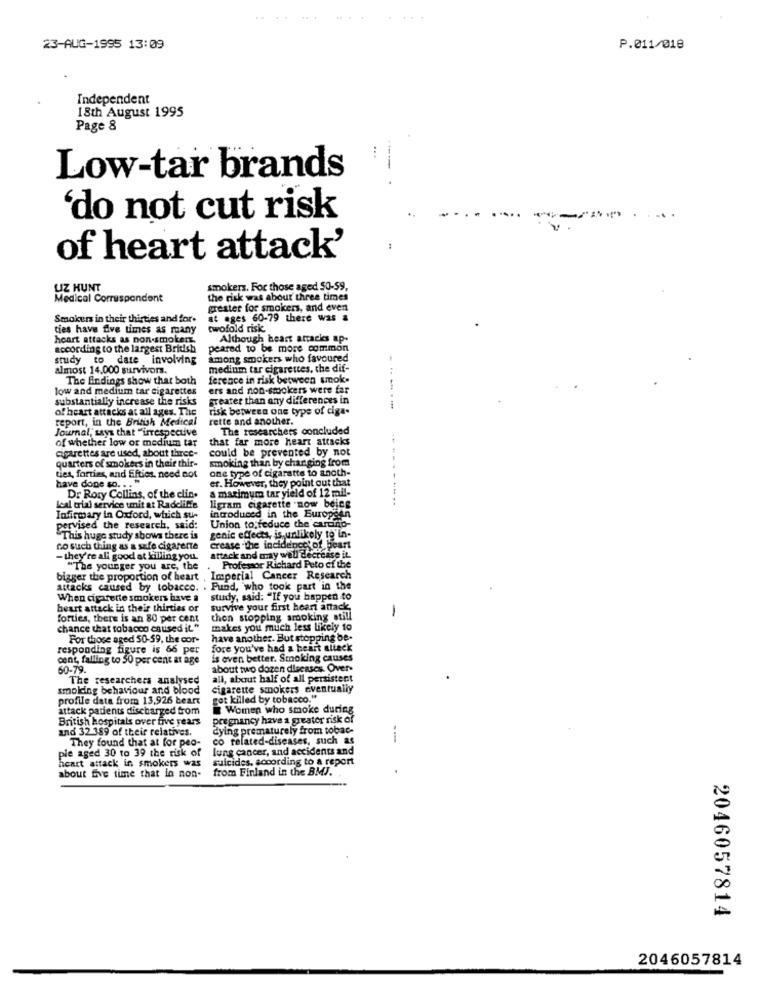
..
23-AUG-1995 13:09
P.011/018
Independent
18th August 1995
Page 8
...
Low-tar brands
‘do not cut risk
of heart attack'
UZ HUNT
smokers. For those aged 50-59,
Medical Correspondent
the risk was about three times
greater for smokers, and even
Smokers in their thirties and for-
at ages 60-79 there was a
ties have five times as many
twofold risk
heart attacks as non-smokers.
Although heart attacks ap-
according to the largest British
peared to be more common
study to date involving
among smokers who favoured
almost 14.000 survivors.
medium tar cigarettes, the dif-
The Endings show that both
ference in risk between smok-
low and medium tar cigarettes
ers and non-smokers were far
substantially increase the risks
greater than any differences in
of heart attacks at all ages. The
risk between one type of ciga.
----
report, in the British Medical
rette and another.
Journal, says that "irrespective
The researchers concluded
of whether low or medium tar
that far more heart attacks
cigarettes are used, about three-
could be prevented by not
smoking than by changing from
quarters of smokers in their thir-
one type of cigaratte to anoth-
have done so. . . "
ties, forties, and fifties. need not
er. However, they point out that
a maximum tar yield of 12 mil-
Dr Rory Collins, of the clin.
--------.
leal trial service tmit at Radcliffe
ligram cigarette now being
Infirmary in Oxford, which su-
introduced in the European
pervised the research, said:
Union to feduce the cardino-
This huge study shows there is
genic effects, is unlikely to'in-
no such thing as a safe cigarette
crease .the incidence of heart
attack and may well decrer
- they're all good at killing you.
"The younger you are, the
Professor Richard Peto of the
bigger the proportion of heart ,
Imperial Cancer Research
attacks caused by tobacco. . Pund, who took part in the
When cigarette smokers have a
study, said: "If you happen to
heart attack in their thirties of
survive your first heart attack
-
forties, there is an 80 per cent
then stopping smoking still
chance that tobacco caused it."
makes you much less likely to
For those aged 50-59, the cor-
have another. But stopping be-
responding figure is 66 per
fore you've had a heart attack
cent, falling to 50 per cent at age
is even better. Smoking causes
50-79.
about two dozen dlecases. Over-
The researchers analysed
all, about half of all persistent
smoking behaviour and blood
cigarette smokers eventually
profile data from 13,926 beart
got killed by tobacco."
attack patients discharged from
Women who smoke during
British hospitals over five years
pregnancy have a greater risk of
and 32 389 of their relatives.
dying prematurely from tobac-
They found that at for peo-
co related-diseases, such as
pie aged 30 to 39 the risk of
lung cancer, and accidents and
heart attack in smokers was
suicides, according to a report
from Finland in the BMJ.
about five time that in non-
2046057814
2046057814